Indian journal of veterinary science and animal husbandry - Volume 7,
Year: 1937
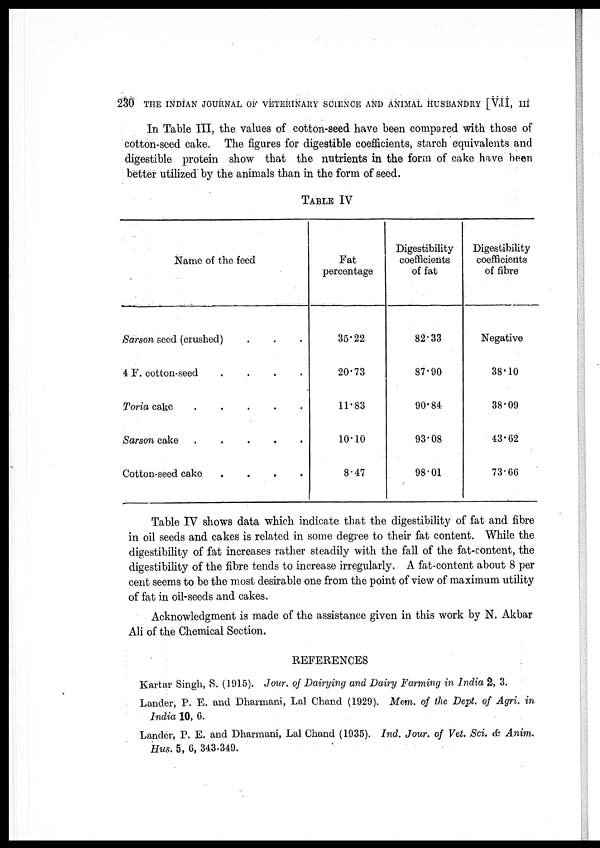
230 THE INDIAN JOURNAL OF VETERINARY SCIENCE AND ANIMAL HUSBANDRY [VII, III
In Table III, the values of cotton-seed have been compared with those of
cotton-seed cake. The figures for digestible coefficients, starch equivalents and
digestible protein show that the nutrients in the form of cake have been
better utilized by the animals than in the form of seed.
TABLE IV
Name of the feed
Sarson seed (crushed) . . .
4 F. cotton-seed
.
.
.
.
Toria cake
.
.
.
.
.
Sarson cake
.
.
.
.
.
Cotton-seed cake
.
.
.
.
Fat
percentage
35.22
20.73
11.83
10.10
8.47
Digestibility
coefficients
of fat
82.33
87.90
90.84
93.08
98.01
Digestibility
coefficients
of fibre
Negative
38.10
38.09
43.62
73.66
Table IV shows data which indicate that the digestibility of fat and fibre
in oil seeds and cakes is related in some degree to their fat content. While the
digestibility of fat increases rather steadily with the fall of the fat-content, the
digestibility of the fibre tends to increase irregularly. A fat-content about 8 per
cent seems to be the most desirable one from the point of view of maximum utility
of fat in oil-seeds and cakes.
Acknowledgment is made of the assistance given in this work by N. Akbar
Ali of the Chemical Section.
REFERENCES
Kartar Singh, S. (1915). Jour. of Dairying and Dairy Farming in India 2, 3.
Lander, P. E. and Dharmani, Lal Chand (1929). Mem. of the Dept. of Agri. in
India 10, 6.
Lander, P. E. and Dharmani, Lal Chand (1935). Ind. Jour. of Vet. Sci. & Anim.
Hus. 5, 6, 343-349.